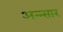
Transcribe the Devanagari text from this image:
अन्न्सार